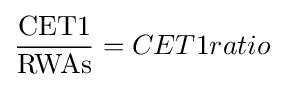
{\frac {\mbox{CET1}}{\mbox{RWAs}}}=CET1ratio